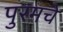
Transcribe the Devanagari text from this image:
पुरमचे